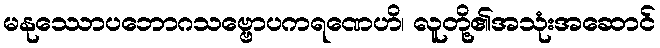
မနုဿောပဘောဂသဗ္ဗောပကရဏေဟိ၊ လူတို့၏အသုံးအဆောင်